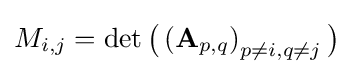
{\textstyle M_{i,j}=\det {\bigl (}\left(\mathbf {A} _{p,q}\right)_{p\neq i,q\neq j}{\bigr )}}